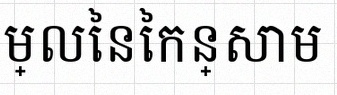
គណនាតម្លៃនៃកន្សោម